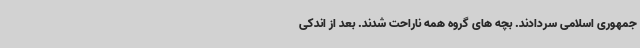
جمهوری اسلامی سردادند. بچه های گروه همه ناراحت شدند. بعد از اندکی